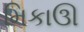
મિકાઊ